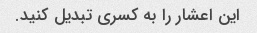
این اعشار را به کسری تبدیل کنید.